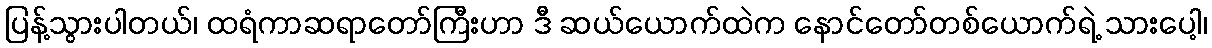
ပြန့်သွားပါတယ်၊ ထရံကာဆရာတော်ကြီးဟာ ဒီ ဆယ်ယောက်ထဲက နောင်တော်တစ်ယောက်ရဲ့ သားပေါ့၊